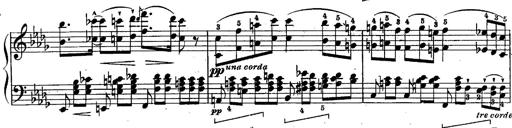
Title: Schubert's Impromptus [revised and edited by Franz Liszt]
Composer: Franz Liszt